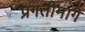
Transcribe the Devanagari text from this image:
प्रगतीमागे